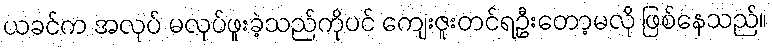
ယခင်က အလုပ် မလုပ်ဖူးခဲ့သည်ကိုပင် ကျေးဇူးတင်ရဦးတော့မလို ဖြစ်နေသည်။